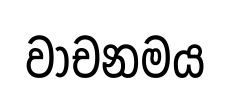
වාචනමය